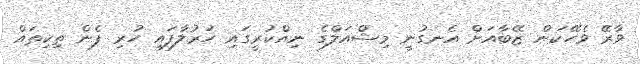
ވާރޭ ވެހޭކަން ޒޭބާއަށް އެނގުނީ މިޝްއަލްގެ ނިއްކުރީގައި ހަރުލާފައި ހުރި ފެން ތިކިތައް